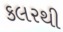
કલરથી